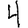
Digit: 4